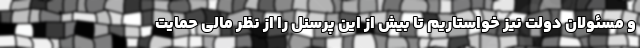
و مسئولان دولت نیز خواستاریم تا بیش از این پرسنل را از نظر مالی حمایت